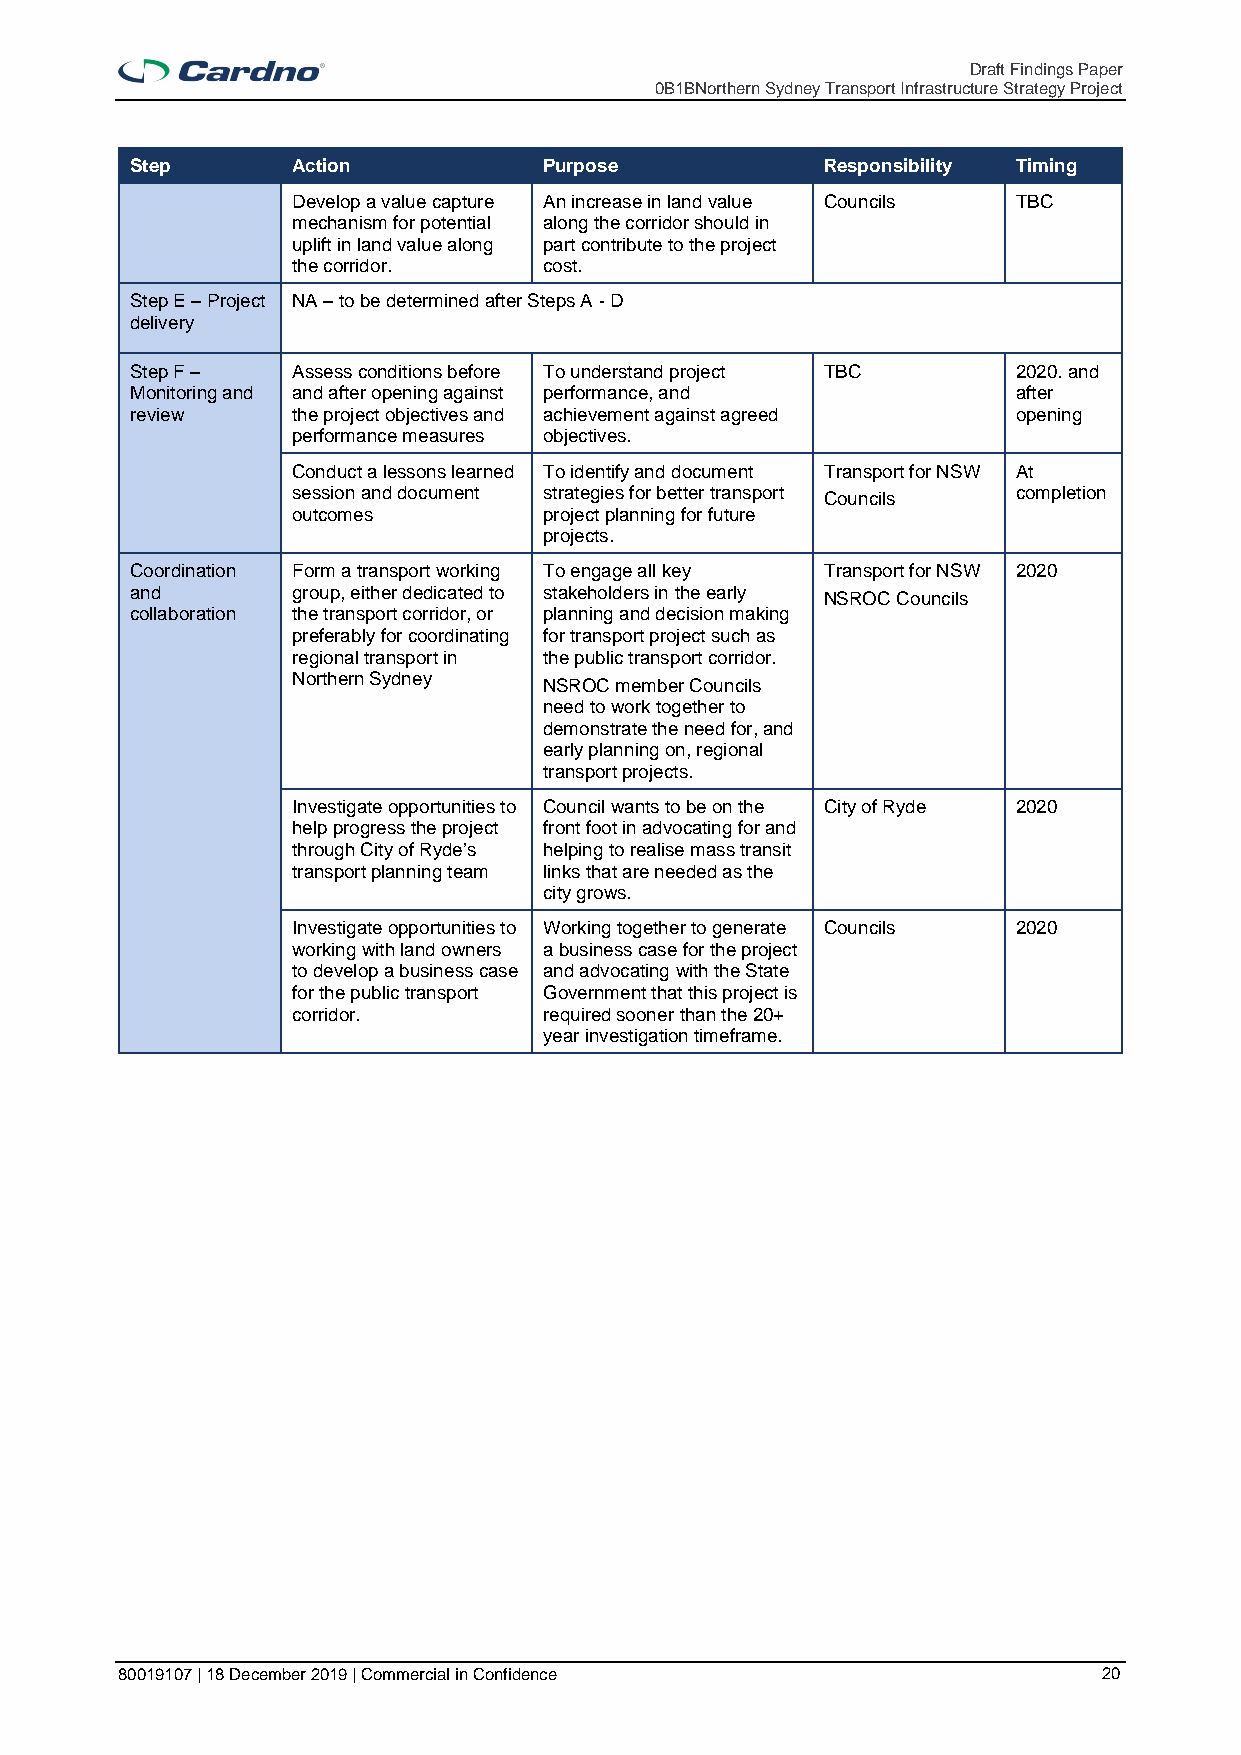
Draft Findings Paper
 0B1BNorthern Sydney Transport Infrastructure Strategy Project
 Step      Action           Purpose            Responsibility Timing
 Develop a value capture An increase in land value Councils TBC
 mechanism for potential along the corridor should in
 uplift in land value along part contribute to the project
 the corridor.    cost.
 Step E – Project NA – to be determined after Steps A - D
 delivery
 Step F –  Assess conditions before To understand project TBC 2020. and
 Monitoring and and after opening against performance, and after
 review    the project objectives and achievement against agreed opening
 performance measures objectives.
 Conduct a lessons learned To identify and document Transport for NSW At
 session and document strategies for better transport completion
 Councils
 outcomes         project planning for future
 projects.
 Coordination Form a transport working To engage all key Transport for NSW 2020
 and       group, either dedicated to stakeholders in the early
 NSROC Councils
 collaboration the transport corridor, or planning and decision making
 preferably for coordinating for transport project such as
 regional transport in the public transport corridor.
 Northern Sydney
 NSROC member Councils
 need to work together to
 demonstrate the need for, and
 early planning on, regional
 transport projects.
 Investigate opportunities to Council wants to be on the City of Ryde 2020
 help progress the project front foot in advocating for and
 through City of Ryde’s helping to realise mass transit
 transport planning team links that are needed as the
 city grows.
 Investigate opportunities to Working together to generate Councils 2020
 working with land owners a business case for the project
 to develop a business case and advocating with the State
 for the public transport Government that this project is
 corridor.        required sooner than the 20+
 year investigation timeframe.
 80019107 | 18 December 2019 | Commercial in Confidence           20